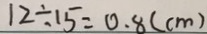
1 2 \div 1 5 = 0 . 8 ( c m )